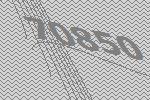
70850